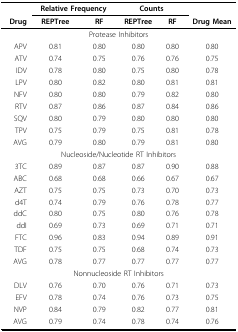
<table><thead><tr><td></td><td colspan="2"><b>Relative Frequency</b></td><td colspan="2"><b>Counts</b></td><td></td></tr><tr><td><b>Drug</b></td><td><b>REPTree</b></td><td><b>RF</b></td><td><b>REPTree</b></td><td><b>RF</b></td><td><b>Drug Mean</b></td></tr></thead><tbody><tr><td colspan="6">Protease Inhibitors</td></tr><tr><td>APV</td><td>0.81</td><td>0.80</td><td>0.80</td><td>0.80</td><td>0.80</td></tr><tr><td>ATV</td><td>0.74</td><td>0.75</td><td>0.76</td><td>0.76</td><td>0.75</td></tr><tr><td>IDV</td><td>0.78</td><td>0.80</td><td>0.75</td><td>0.80</td><td>0.78</td></tr><tr><td>LPV</td><td>0.80</td><td>0.82</td><td>0.80</td><td>0.81</td><td>0.81</td></tr><tr><td>NFV</td><td>0.80</td><td>0.80</td><td>0.79</td><td>0.82</td><td>0.80</td></tr><tr><td>RTV</td><td>0.87</td><td>0.86</td><td>0.87</td><td>0.84</td><td>0.86</td></tr><tr><td>SQV</td><td>0.80</td><td>0.79</td><td>0.80</td><td>0.80</td><td>0.80</td></tr><tr><td>TPV</td><td>0.75</td><td>0.79</td><td>0.75</td><td>0.81</td><td>0.78</td></tr><tr><td>AVG</td><td>0.79</td><td>0.80</td><td>0.79</td><td>0.81</td><td>0.80</td></tr><tr><td colspan="6">Nucleoside/Nucleotide RT Inhibitors</td></tr><tr><td>3TC</td><td>0.89</td><td>0.87</td><td>0.87</td><td>0.90</td><td>0.88</td></tr><tr><td>ABC</td><td>0.68</td><td>0.68</td><td>0.66</td><td>0.67</td><td>0.67</td></tr><tr><td>AZT</td><td>0.75</td><td>0.75</td><td>0.73</td><td>0.70</td><td>0.73</td></tr><tr><td>d4T</td><td>0.74</td><td>0.79</td><td>0.76</td><td>0.78</td><td>0.77</td></tr><tr><td>ddC</td><td>0.80</td><td>0.75</td><td>0.80</td><td>0.76</td><td>0.78</td></tr><tr><td>ddI</td><td>0.69</td><td>0.73</td><td>0.69</td><td>0.71</td><td>0.71</td></tr><tr><td>FTC</td><td>0.96</td><td>0.83</td><td>0.94</td><td>0.89</td><td>0.91</td></tr><tr><td>TDF</td><td>0.75</td><td>0.75</td><td>0.68</td><td>0.74</td><td>0.73</td></tr><tr><td>AVG</td><td>0.78</td><td>0.77</td><td>0.77</td><td>0.77</td><td>0.77</td></tr><tr><td colspan="6">Nonnucleoside RT Inhibitors</td></tr><tr><td>DLV</td><td>0.76</td><td>0.70</td><td>0.76</td><td>0.71</td><td>0.73</td></tr><tr><td>EFV</td><td>0.78</td><td>0.74</td><td>0.76</td><td>0.73</td><td>0.75</td></tr><tr><td>NVP</td><td>0.84</td><td>0.79</td><td>0.82</td><td>0.77</td><td>0.81</td></tr><tr><td>AVG</td><td>0.79</td><td>0.74</td><td>0.78</td><td>0.74</td><td>0.76</td></tr></tbody></table>